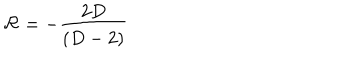
\mathcal { R } = - \frac { 2 D } { \left( D - 2 \right) }